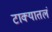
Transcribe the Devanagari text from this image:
टाक्यातलं